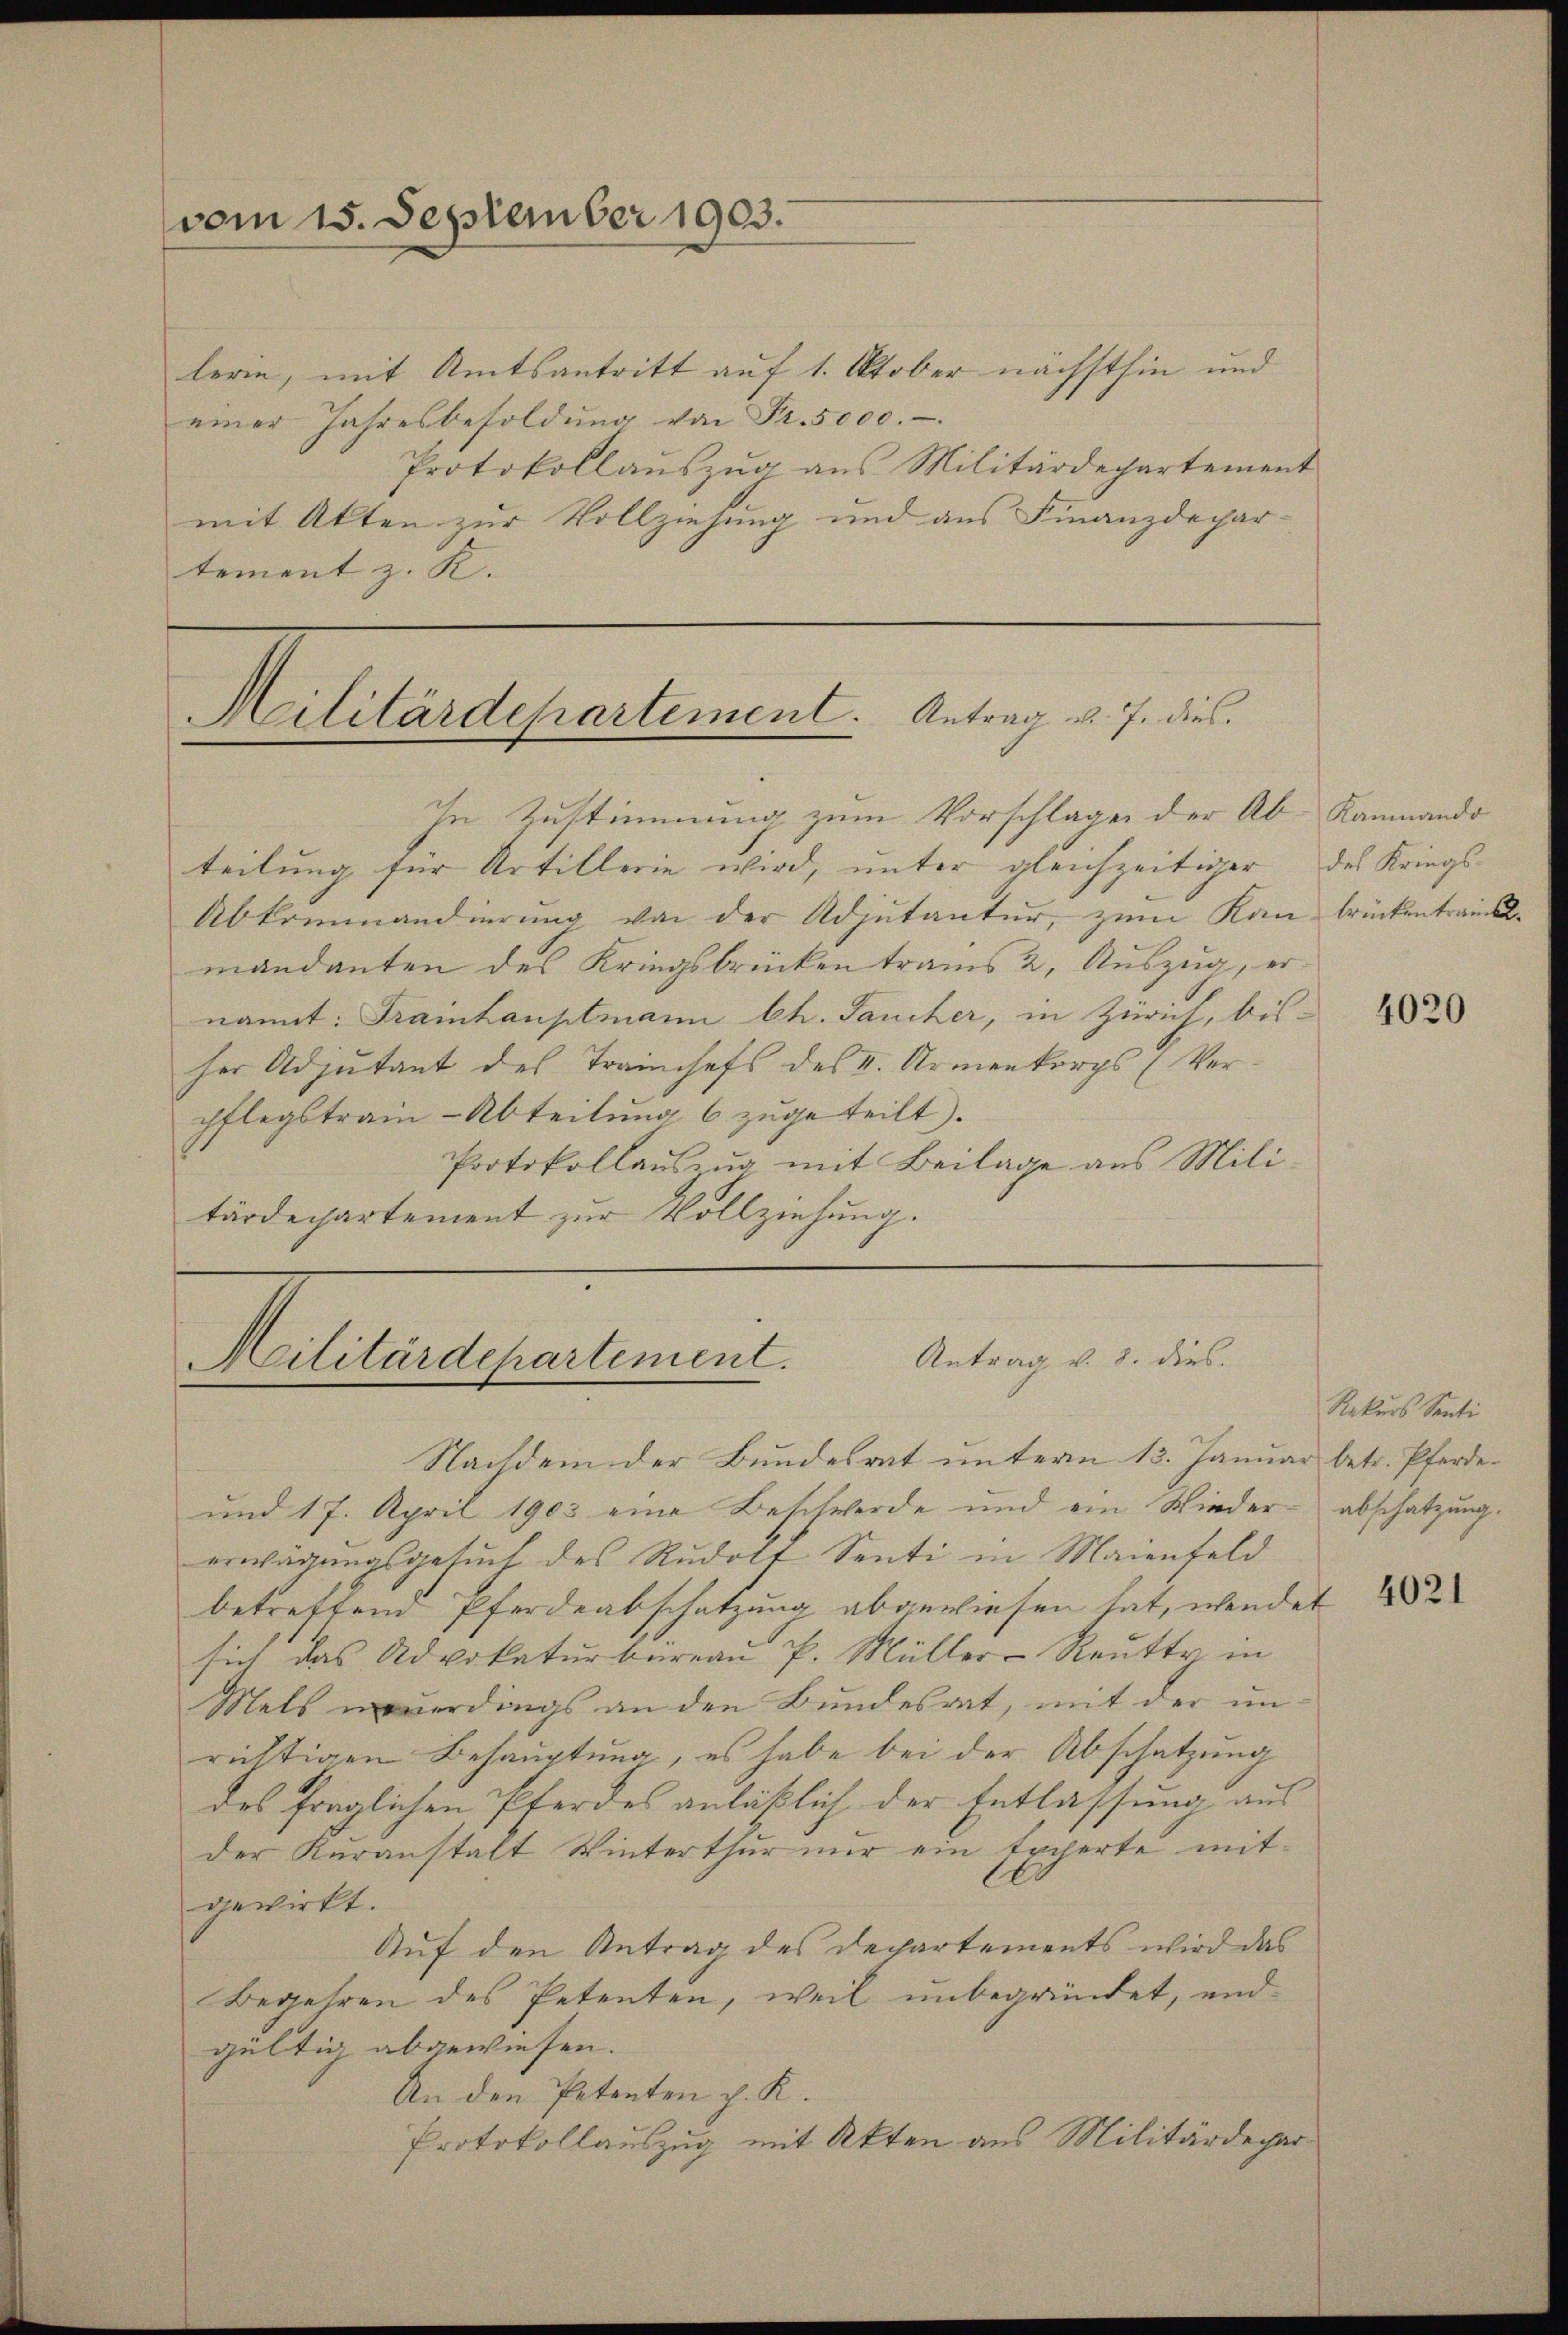
vom 15. September 1903.

Militärdepartement. Antrag d. 7. dies

lerin, mit Amtsantritt auf 1. Oktober nächsthin und
einer Jahresbesoldŭng von Fr. 5000.-
Protokollauszug aus Militärdepartement
mit Akten zur Vollziehung und aus Finanzdepartement z. K.

In Zustimmung zum Vorschlage der Ab-Rammando
teilung für Artillerie wird, unter gleichzeitiger des Kriegs-
Abkommandierung von der Adjutantur, zum Kan brückentraumandanten des Kriegsbrücken traus 2, Auszug, er
nannt: Frainhauptmann Ch. Jaucher, in Zürich, bisher Adjutant des Trainchefs des II. Armenkorps (Verpflegstrain - Abteilung 6 zugeteilt.
Protokollauszug mit Beilage aus Militärdepartement zur Vollziehung.

Antrag v. 8. dies
Militärdepartement.

Nachdem der Bundesrat unterm 13. Januar betr. Pferde
und 17. April 1903 eine Beschwerde und ein Wieder- abschatzung.
erwägŭngsgesŭch des Rŭdolt Senti in Maienfeld
betreffend Pferdeabschatzung abgewiesen hat, wendet
sich das Advokaturbureau P. Müller-Reutt in
Mels neuerdings an den Bundesrat, mit der in
richtigen Behauptung, es habe bei der Abschatzung
des fraglichen Pferdes anläßlich der Entlassung aus
der Kuranstalt Winterthur nur ein Experte mitgewirkt.
Auf den Antrag des Departements wird das
Begehren des Petenten, weil unbegründet, endgültig abgewiesen.
An den Petenten p. K.
Protokollauszug mit Akten aus Militärdechar

4020

Rekurs Senti

4021